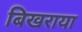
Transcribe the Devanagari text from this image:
बिखराया